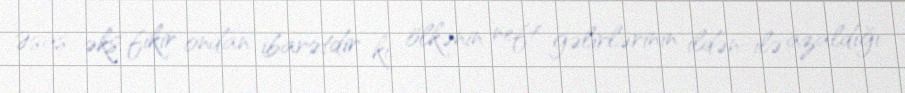
Əsas əks fikir ondan ibarətdir ki, ölkənin neft gəlirlərinin ildən-ilə azaldığı